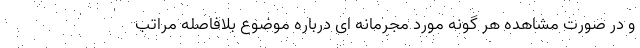
و در صورت مشاهده هر گونه مورد مجرمانه ای درباره موضوع بلافاصله مراتب